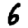
Digit: 6